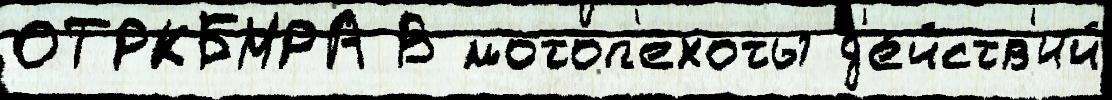
ОТРКБМРА В мотоп'ехоты д'е́йств'ий